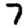
Digit: 7